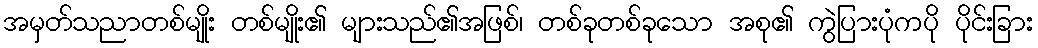
အမှတ်သညာတစ်မျိုး တစ်မျိုး၏ များသည်၏အဖြစ်၊ တစ်ခုတစ်ခုသော အစု၏ ကွဲပြားပုံကပို ပိုင်းခြား